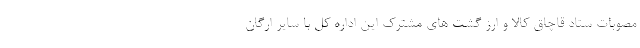
مصوبات ستاد قاچاق کالا و ارز گشت های مشترک این اداره کل با سایر ارگان